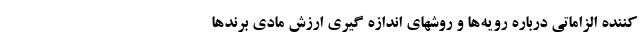
کننده الزاماتی درباره رویه‌ها و روشهای اندازه گیری ارزش مادی برندها